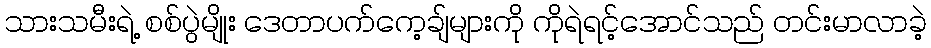
သားသမီးရဲ့ စစ်ပွဲမျိုး ဒေတာပက်ကေ့ချ်များကို ကိုရဲရင့်အောင်သည် တင်းမာလာခဲ့